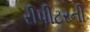
રીપીટરની